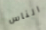
الناس